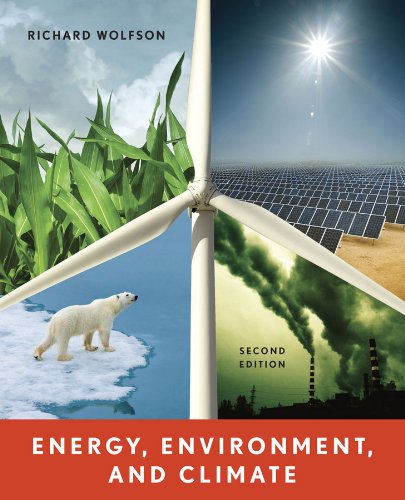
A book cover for Energy, Environment, and Climate (Second Edition); Richard Wolfson; Science & Math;